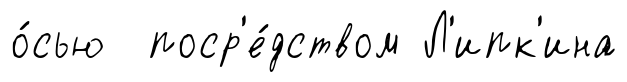
о́сью поср'е́дством Л'ипк'ина